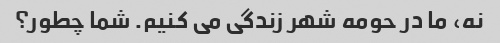
نه، ما در حومه شهر زندگی می کنیم. شما چطور؟